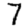
Digit: 7